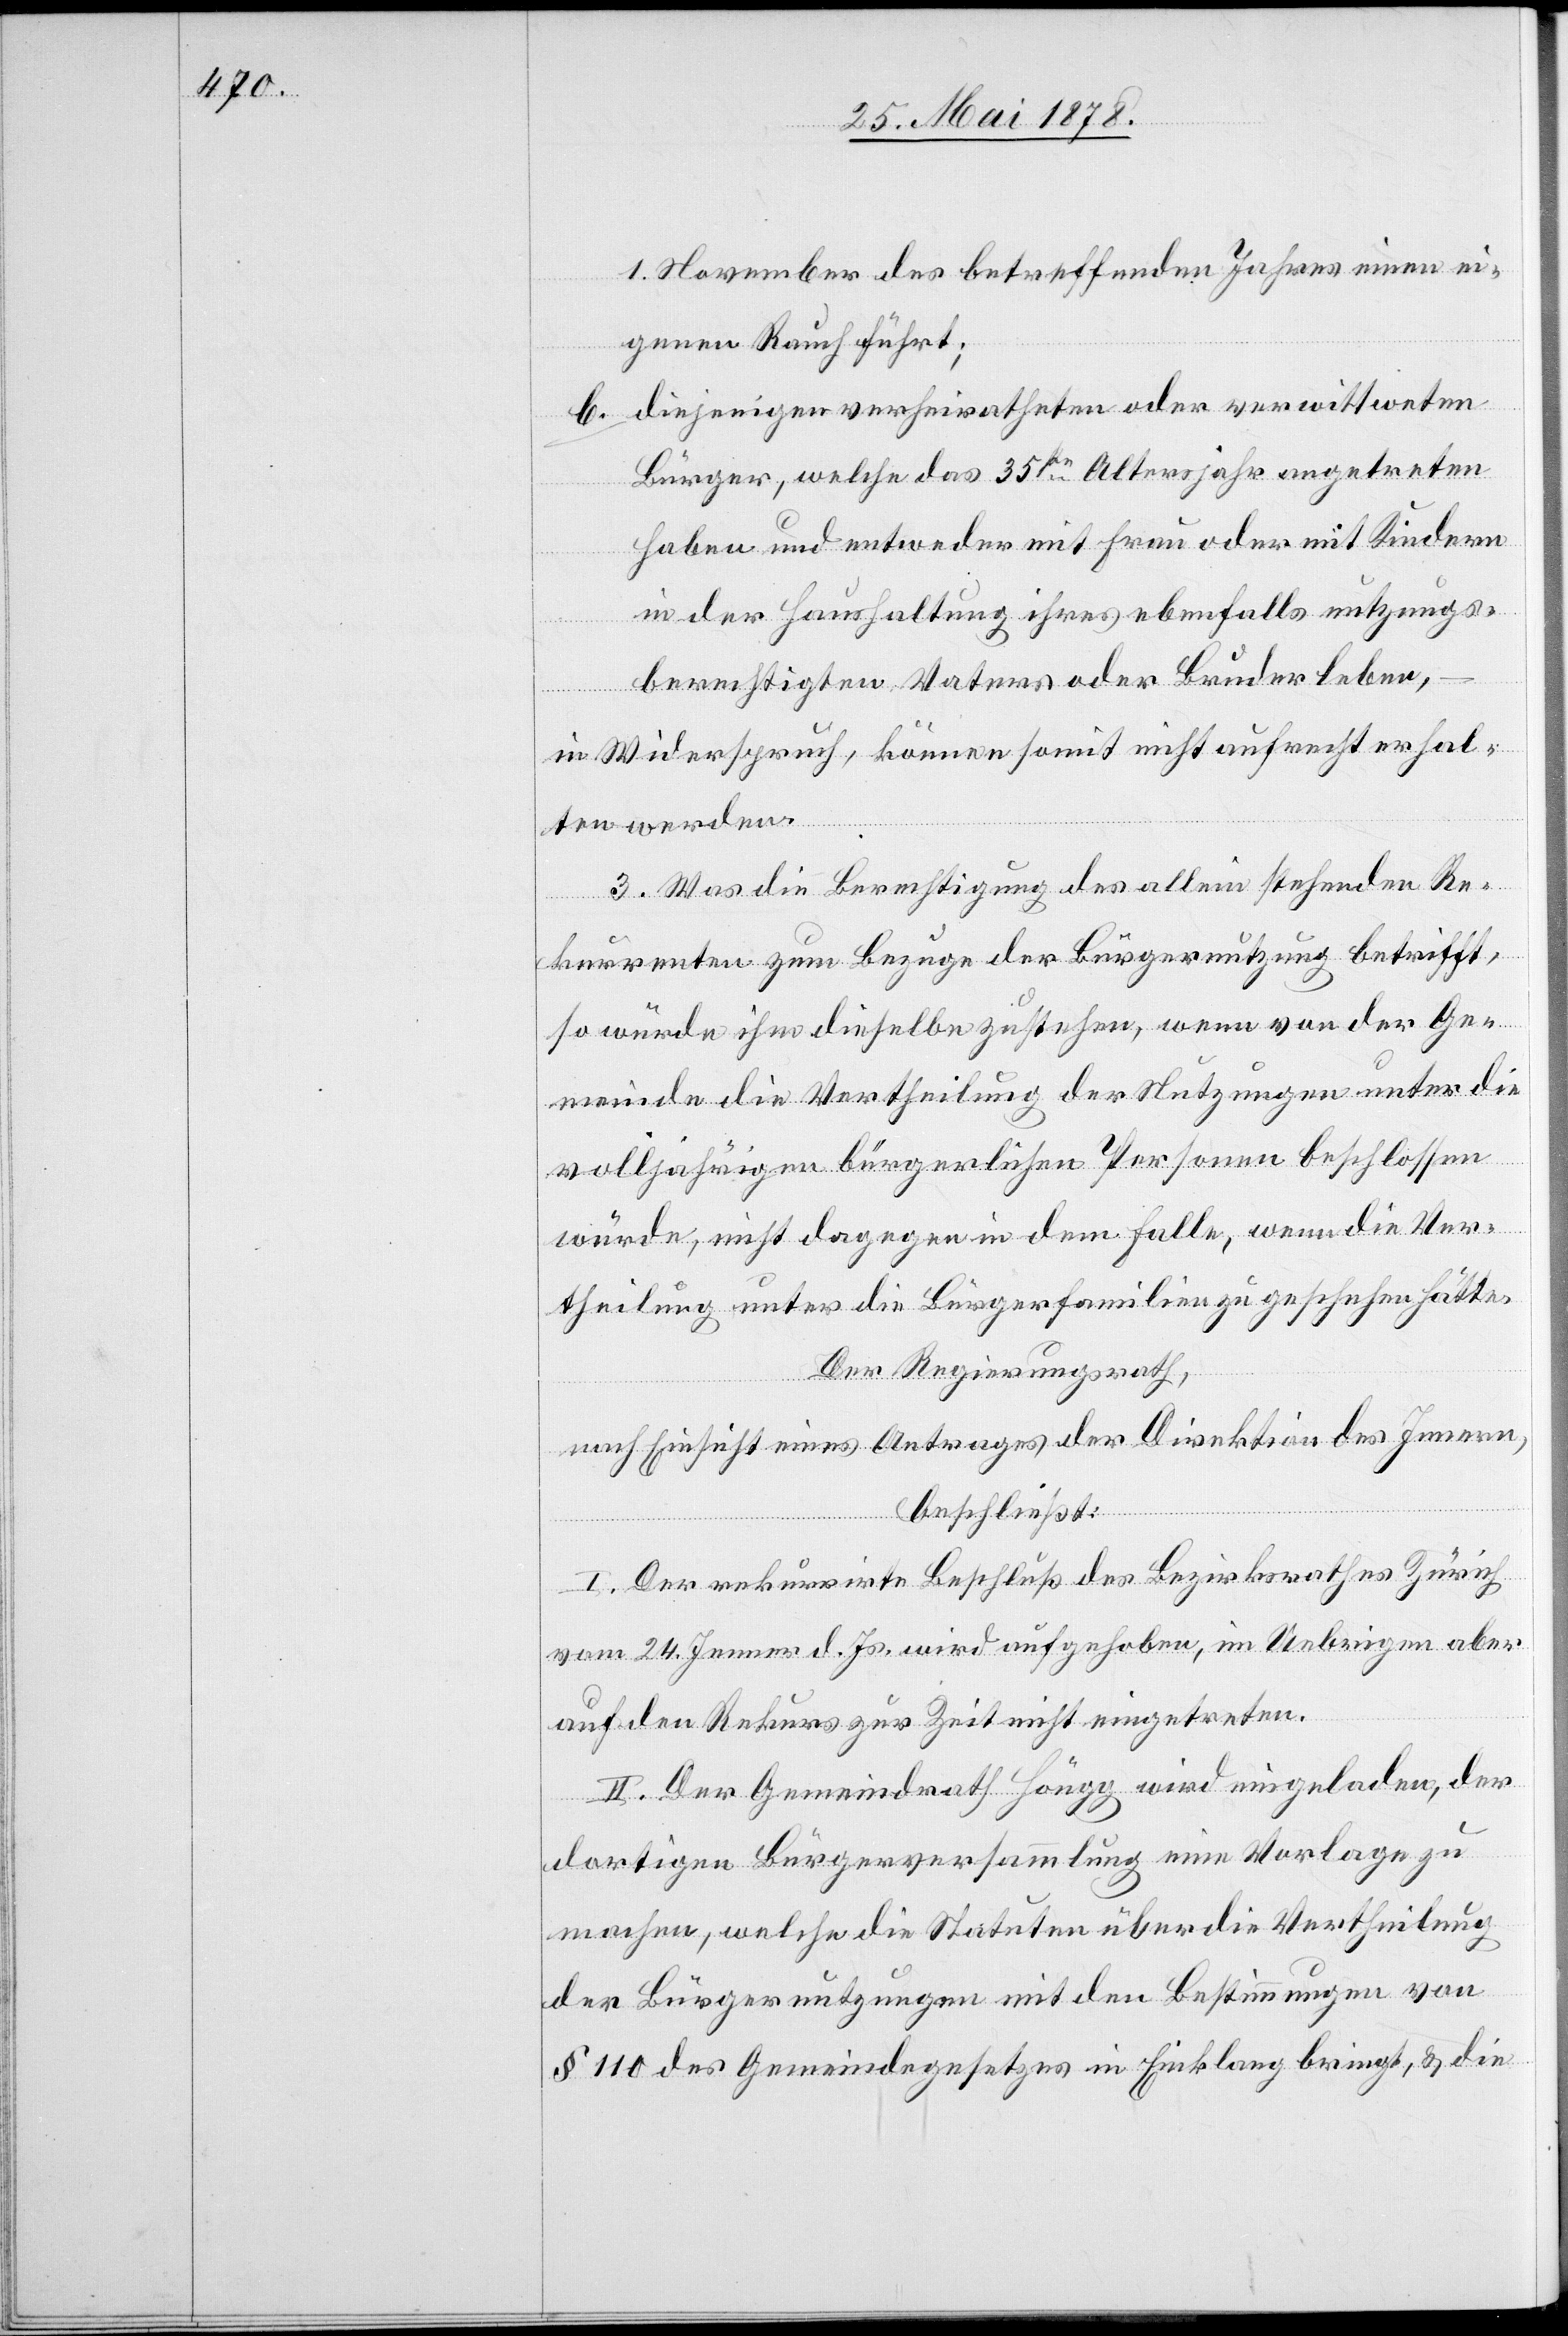
1. November des betreffenden Jahres einen ei¬
genen Rauch führt;
diejenigen verheiratheten oder verwittweten
Bürger, welche das 35ste Altersjahr angetreten
haben und entweder mit Frau oder mit Kindern
in der Haushaltung ihres ebenfalls nutzungs¬
berechtigten Vaters oder Bruder leben,
in Widerspruch, können somit nicht aufrecht erhal¬
ten werden.
3. Was die Berechtigung des allein stehenden Re¬
kurrenten zum Bezuge der Bürgernutzung betrifft,
so würde ihm dieselbe zustehen, wenn von der Ge¬
meinde die Vertheilung der Nutzungen unter die
volljährigen bürgerlichen Personen beschlossen
würde, nicht dagegen in dem Falle, wenn die Ver¬
theilung unter die Bürgerfamilien zu geschehen hätte.
Der Regierungsrath,
nach Einsicht eines Antrages der Direktion des Innern,
beschließt:
I. Der rekurrirte Beschluß des Bezirksrathes Zürich
vom 24. Jenner d. Js. wird aufgehoben, im Uebrigen aber
auf den Rekurs zur Zeit nicht eingetreten.
II. Der Gemeindrath Höngg wird eingeladen, der
dortigen Bürgerversammlung eine Vorlage zu
machen, welche die Statuten über die Vertheilung
der Bürgernutzungen mit den Bestimmungen von
§ 110 des Gemeindegesetzes in Einklang bringt, & die